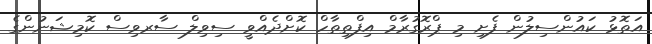
އަތޮޅު ކައުންސިލުން ފެށި މި ޕްރޮގުރާމް އިފްތިތާހް ކޮށްދެއްވީ ސިވިލް ސާރވިސް ކޮމިޝަނުންގެ